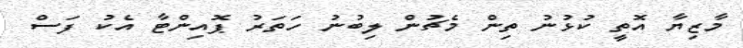
މާޒިޔާ އޮތީ ކުޅުނު ތިން މެޗުން ލިބުނު ހަތަރު ޕޮއިންޓާ އެކު ފަސް